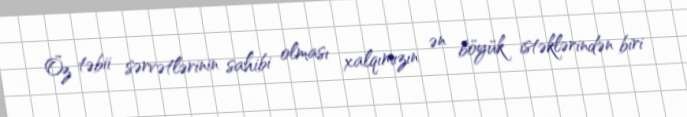
Öz təbii sərvətlərinin sahibi olması xalqımızın ən böyük istəklərindən biri